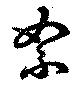
絮